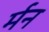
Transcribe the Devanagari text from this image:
र्मन